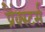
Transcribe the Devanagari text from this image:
प्रैंक्स्टर्स